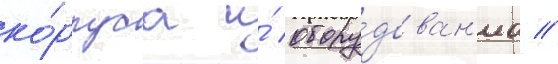
ко́рпуса и́ обору́дован'иа //